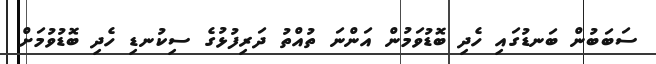
ސަބަބުން ބަނޑުގައި ހެދި ބޮޑުވަމުން އަންނަ ތުއްތު ދަރިފުޅުގެ ސިކުނޑި ހެދި ބޮޑުވުމަށް